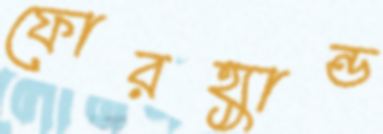
ফোরহ্যান্ড